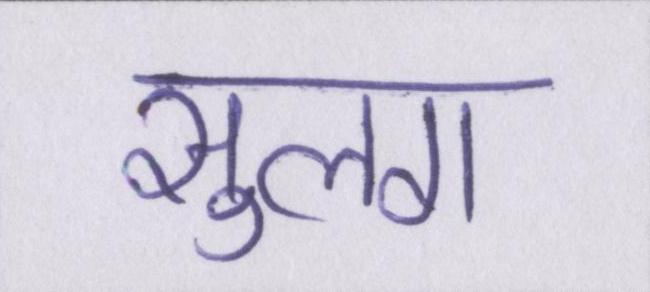
सुलग